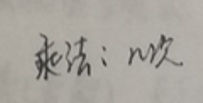
乘法：$n$次